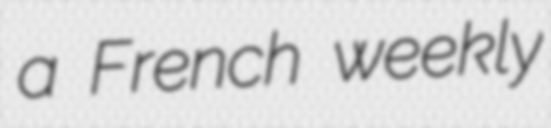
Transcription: a French weekly